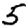
Digit: 5